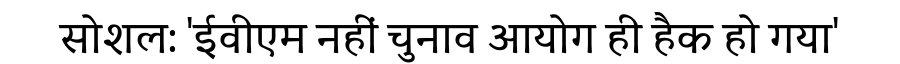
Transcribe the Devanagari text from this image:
सोशल: 'ईवीएम नहीं चुनाव आयोग ही हैक हो गया'